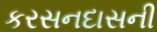
કરસનદાસની